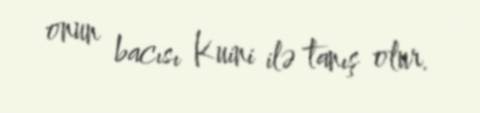
onun bacısı Kuini ilə tanış olur.